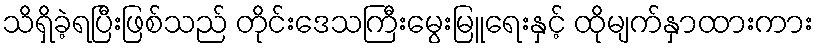
သိရှိခဲ့ရပြီးဖြစ်သည် တိုင်းဒေသကြီးမွေးမြူရေးနှင့် ထိုမျက်နှာထားကား